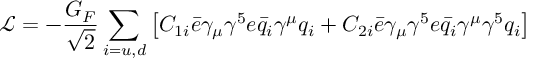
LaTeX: \mathcal { L } = - \frac { G _ { F } } { \sqrt 2 } \sum _ { i = u , d } \left[ C _ { 1 i } \bar { e } \gamma _ { \mu } \gamma ^ { 5 } e \bar { q } _ { i } \gamma ^ { \mu } q _ { i } + C _ { 2 i } \bar { e } \gamma _ { \mu } \gamma ^ { 5 } e \bar { q } _ { i } \gamma ^ { \mu } \gamma ^ { 5 } q _ { i } \right]